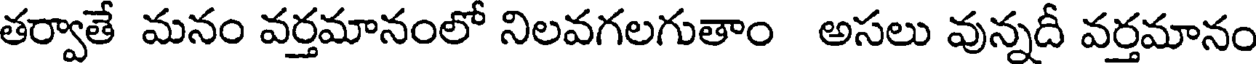
తర్వాతే మనం వర్తమానంలో నిలవగలగుతాం అసలు వున్నదీ వర్తమానం